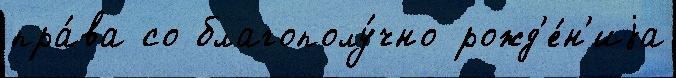
пра́ва со благополу́чно рожд'е́н'иjа